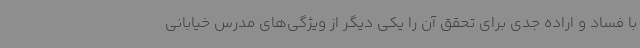
با فساد و اراده جدی برای تحقق آن را یکی دیگر از ویژگی‌های مدرس خیابانی